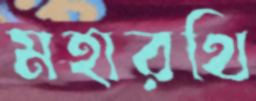
মহারথি